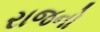
રાજનો